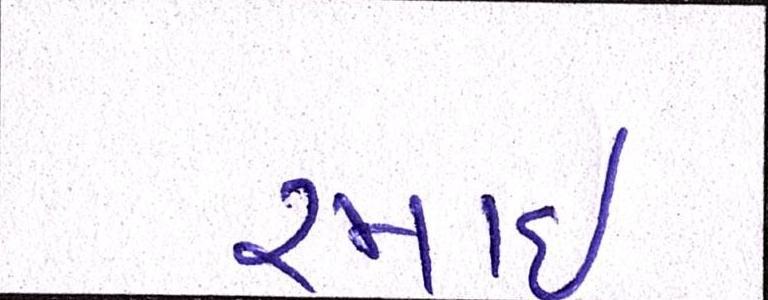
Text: રમાઈ